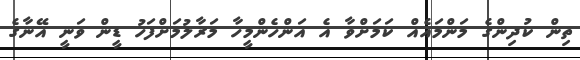
ތިން ކުދިންގެ މަންމައެއް ކަމަށްވާ އެ އަންހެންމީހާ މަރާލުމަށްފަހު ޑީން ވަނީ އޭނާގެ